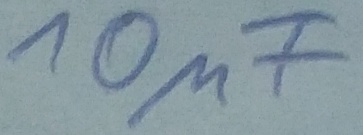
Text: 10µF